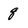
Character: q